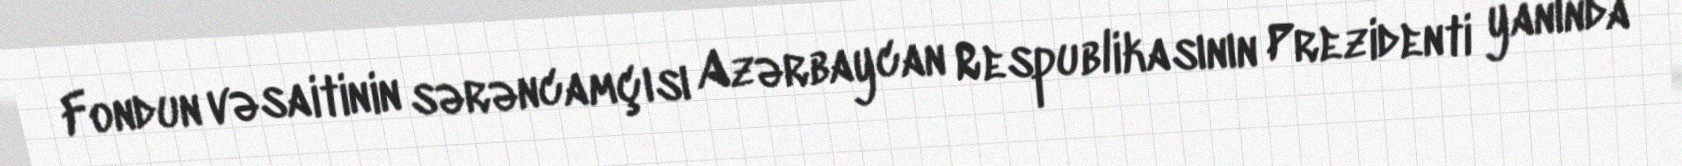
Fondun vəsaitinin sərəncamçısı Azərbaycan Respublikasının Prezidenti yanında